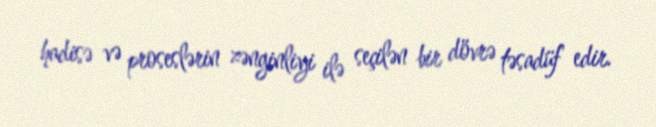
hadisə və proseslərin zənginliyi ilə seçilən bir dövrə təsadüf edir.